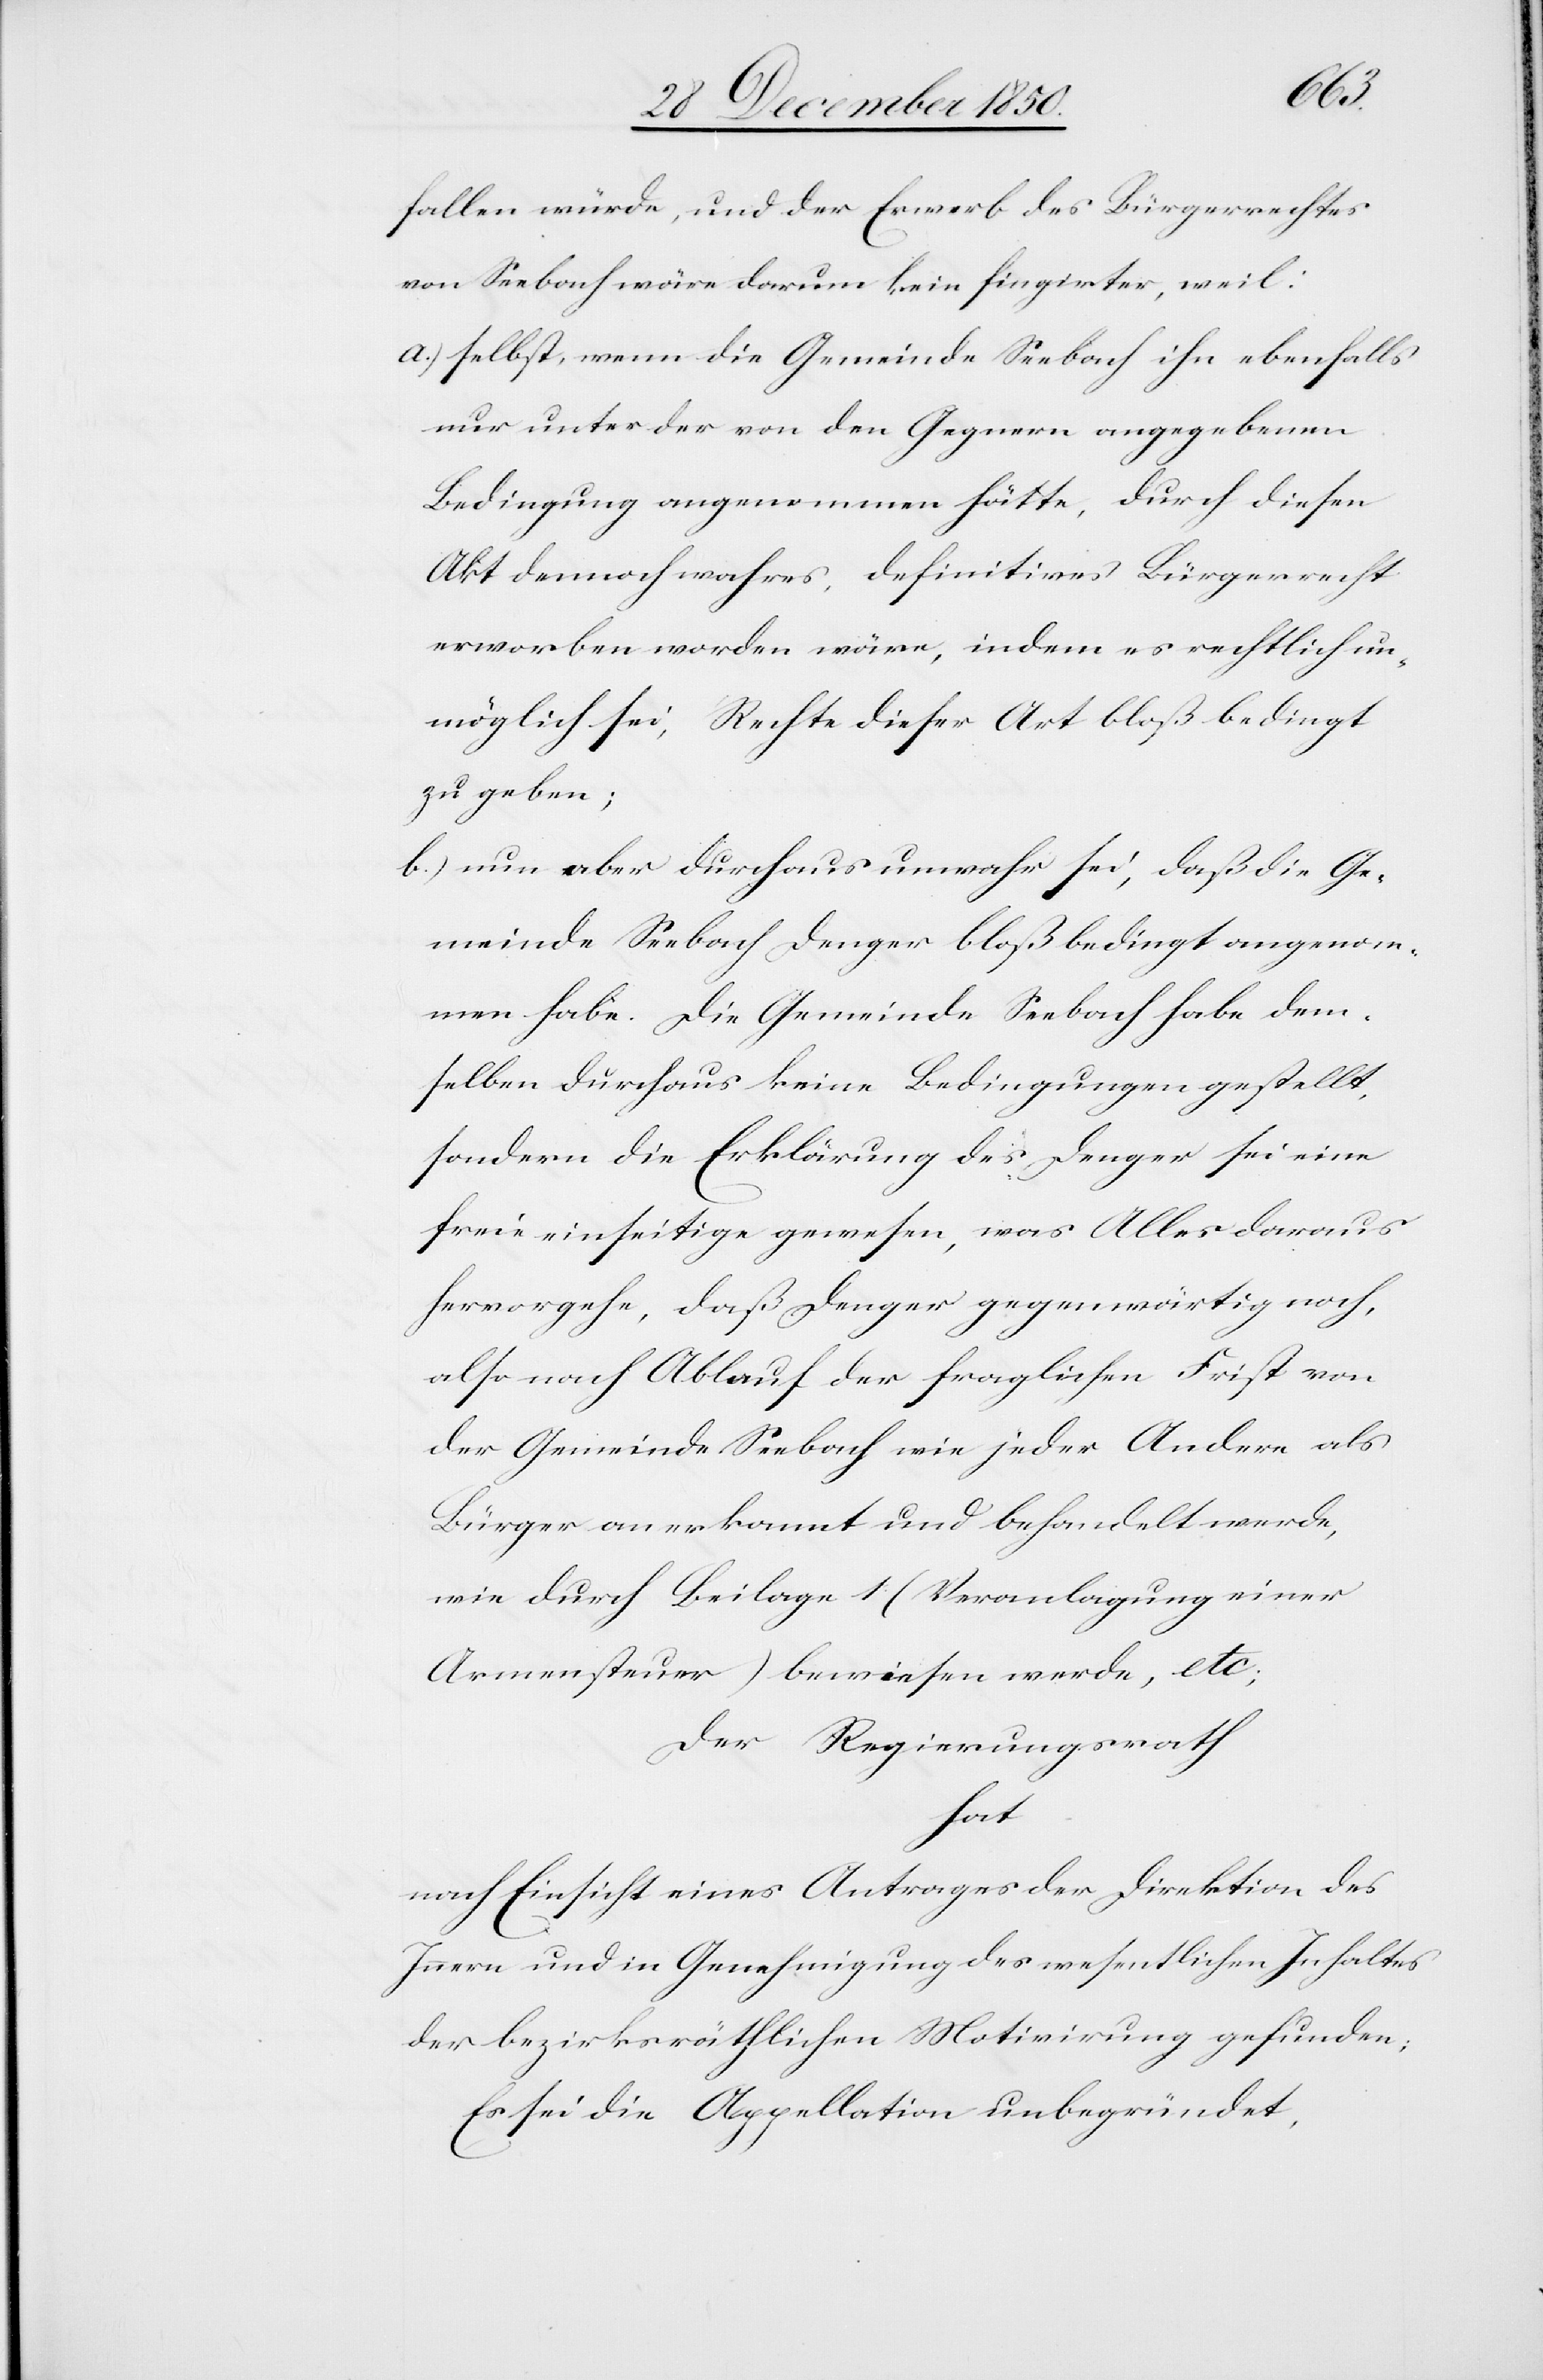
fallen würde, und der Erwerb des Bürgerrechts
von Seebach wäre darum kein fingirter, weil:
a.) selbst, wenn die Gemeinde Seebach ihn ebenfalls
nur unter der von den Gegnern angegebenen
Bedingung angenommen hätte, durch diesen
Akt dennoch wahres, definitives Bürgerrecht
erworben worden wäre, indem es rechtlich un¬
möglich sei, Rechte dieser Art bloß bedingt
zu geben;
b.) nun aber durchaus unwahr sei, daß die Ge¬
meinde Seebach Denger bloß bedingt angenom¬
men habe. Die Gemeinde Seebach habe dem¬
selben durchaus keine Bedingungen gestellt,
sondern die Erklärung des Denger sei eine
freie einseitige gewesen, was Alles daraus
hervorgehe, daß Denger gegenwärtig noch,
also nach Ablauf der fraglichen Frist von
der Gemeinde Seebach wie jeder Andere als
Bürger anerkannt und behandelt werde,
wie durch Beilage 1 (Veranlagung einer
Armensteuer) bewiesen werde, etc;
Der Regierungsrath
hat
nach Einsicht eines Antrages der Direktion des
Innern und in Genehmigung des wesentlichen Inhaltes
der bezirksräthlichen Motivirung gefunden;
Es sei die Appellation unbegründet,